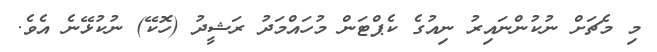
މި މެޗަށް ނުކުންނައިރު ނިއުގެ ކެޕްޓަން މުހައްމަދު ރަޝީދު (ހޮކޭ) ނުކުޅޭނެ އެވެ.